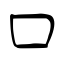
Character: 口